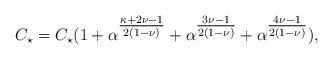
LaTeX: \begin{align*} C_\star = C_\star(1 + \alpha^{\tfrac{\kappa+2\nu-1}{2(1-\nu)}} + \alpha^{\tfrac{3\nu-1}{2(1-\nu)}} + \alpha^{\tfrac{4\nu-1}{2(1-\nu)}}),\end{align*}